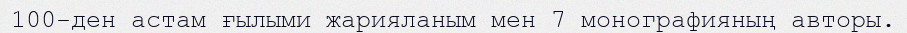
100-ден астам ғылыми жарияланым мен 7 монографияның авторы.